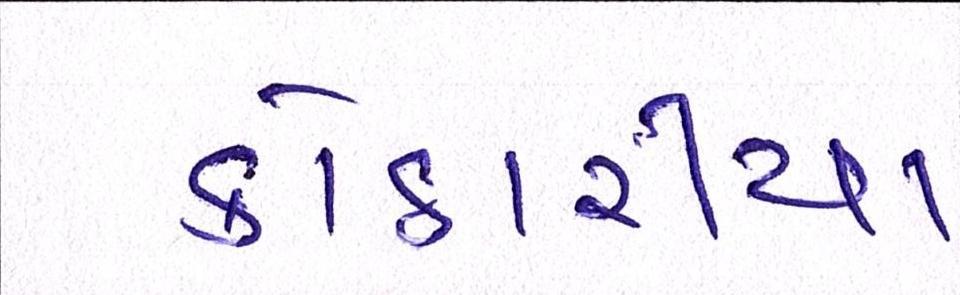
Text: કોઠારીયા